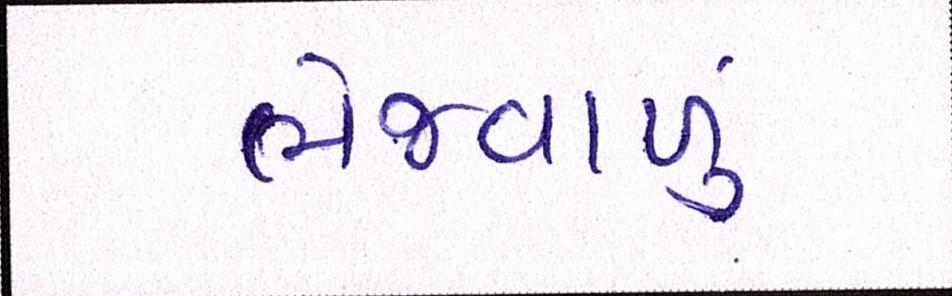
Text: ભેજવાળું